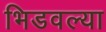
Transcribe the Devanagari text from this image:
भिडवल्या